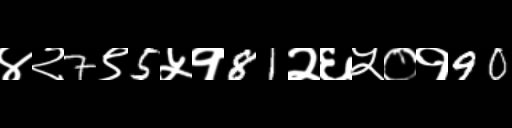
Text: ४२7९5५१81२६५०१90